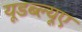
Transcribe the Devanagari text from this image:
यूडब्ल्यूए